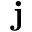
\mathbf { j }